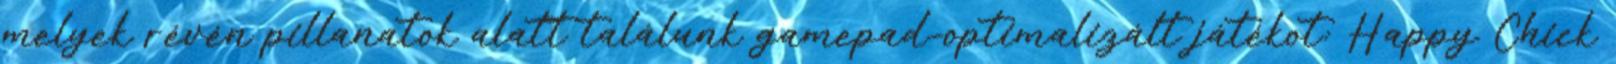
melyek révén pillanatok alatt találunk gamepad-optimalizált játékot: Happy Chick